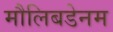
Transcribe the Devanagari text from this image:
मौलिबडेनम